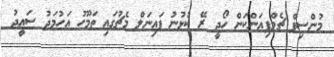
މުންސިފް ޗެމްޕިއަންކަން ހޯދީ ރޭ ކުޅުނު ފައިނަލް މެޗުގައި ތަމޫހު އަހުމަދު ސައީދު